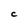
Character: C